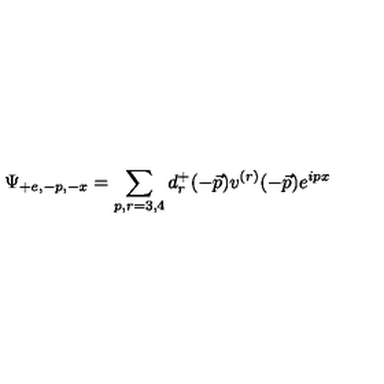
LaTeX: \Psi _ { + e , - p , - x } = \sum _ { p , r = 3 , 4 } d _ { r } ^ { + } ( - \vec { p } ) v ^ { ( r ) } ( - \vec { p } ) e ^ { i p x }